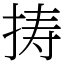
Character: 𢭏